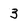
Character: 3